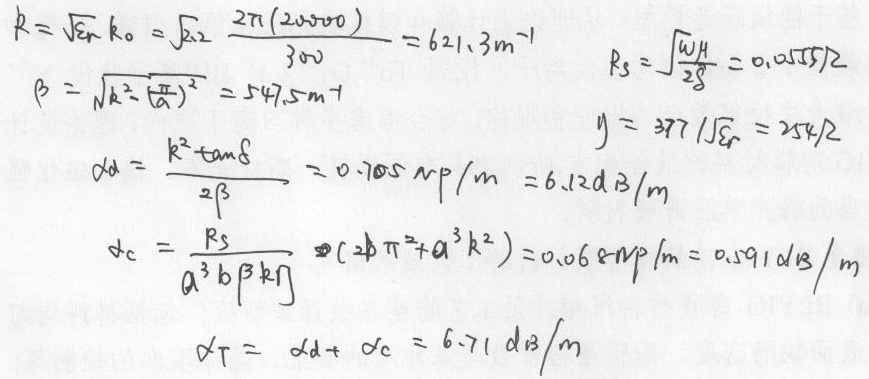
\begin{align*}
k&=\sqrt{\varepsilon_r}k_0=\sqrt{2.2}\frac{2\pi(20000)}{300}=621.3m^{-1}\\
\beta&=\sqrt{k^2 - (\frac{\pi}{a})^2}=547.5m^{-1}\\
\alpha_d&=\frac{k^2\tan\delta}{2\beta}=0.705\mathrm{Np}/m = 6.12\mathrm{dB}/m\\
\alpha_c&=\frac{R_s}{a^3b\beta k\eta}(2b\pi^2 + a^3k^2)=0.068\mathrm{Np}/m = 0.591\mathrm{dB}/m\\
\alpha_T&=\alpha_d+\alpha_c = 6.71\mathrm{dB}/m
\end{align*}

\begin{align*}
R_s&=\sqrt{\frac{\omega\mu}{2\sigma}} = 0.0557\Omega\\
\eta&=\frac{377}{\sqrt{\varepsilon_r}}=254\Omega
\end{align*}